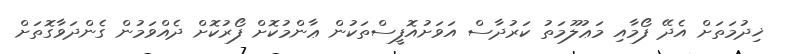
ޚިދުމަތަށް އެދޭ ފޯމާއި މަޢުލޫމަތު ކަރުދާސް އަވަށުއޮފީސްތަކުން ޢާންމުކޮށް ފޯރުކޮށް ދެއްވަމުން ގެންދަވާގޮތަށް